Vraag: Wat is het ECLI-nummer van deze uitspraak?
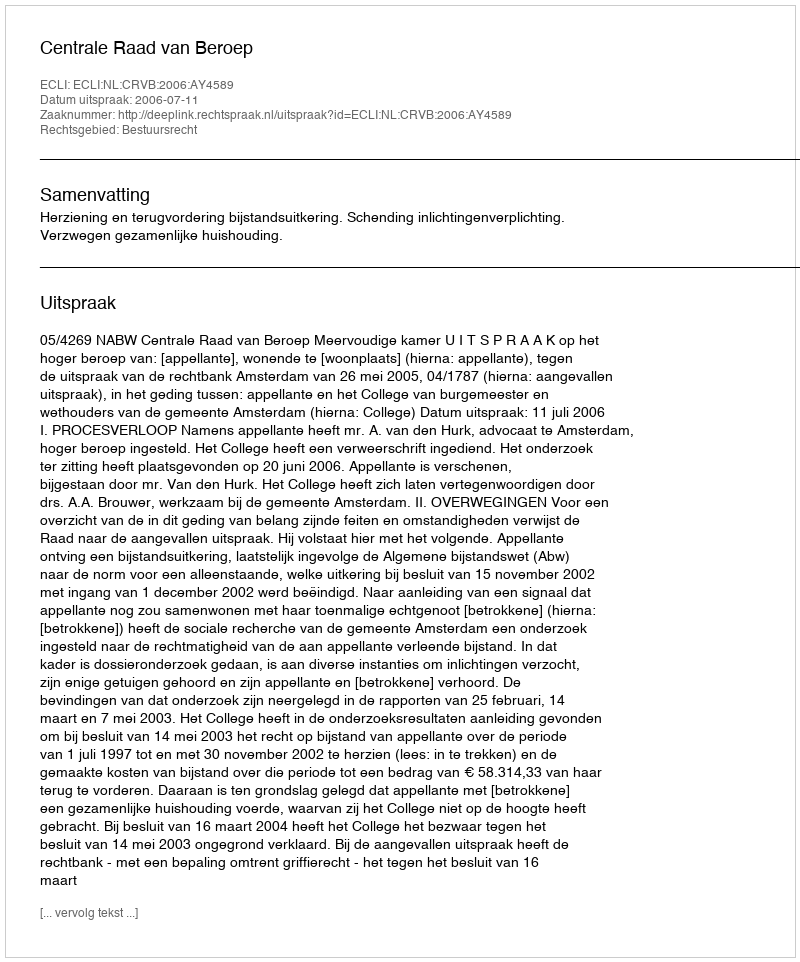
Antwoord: ECLI:NL:CRVB:2006:AY4589